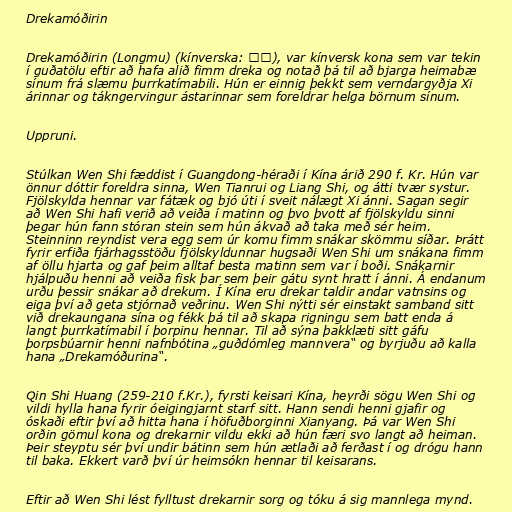
Drekamóðirin

Drekamóðirin (Longmu) (kínverska: 龍母), var kínversk kona sem var tekin
í guðatölu eftir að hafa alið fimm dreka og notað þá til að bjarga heimabæ
sínum frá slæmu þurrkatímabili. Hún er einnig þekkt sem verndargyðja Xi
árinnar og tákngervingur ástarinnar sem foreldrar helga börnum sínum.

Uppruni.

Stúlkan Wen Shi fæddist í Guangdong-héraði í Kína árið 290 f. Kr. Hún var
önnur dóttir foreldra sinna, Wen Tianrui og Liang Shi, og átti tvær systur.
Fjölskylda hennar var fátæk og bjó úti í sveit nálægt Xi ánni. Sagan segir
að Wen Shi hafi verið að veiða í matinn og þvo þvott af fjölskyldu sinni
þegar hún fann stóran stein sem hún ákvað að taka með sér heim.
Steinninn reyndist vera egg sem úr komu fimm snákar skömmu síðar. Þrátt
fyrir erfiða fjárhagsstöðu fjölskyldunnar hugsaði Wen Shi um snákana fimm
af öllu hjarta og gaf þeim alltaf besta matinn sem var í boði. Snákarnir
hjálpuðu henni að veiða fisk þar sem þeir gátu synt hratt í ánni. Á endanum
urðu þessir snákar að drekum. Í Kína eru drekar taldir andar vatnsins og
eiga því að geta stjórnað veðrinu. Wen Shi nýtti sér einstakt samband sitt
við drekaungana sína og fékk þá til að skapa rigningu sem batt enda á
langt þurrkatímabil í þorpinu hennar. Til að sýna þakklæti sitt gáfu
þorpsbúarnir henni nafnbótina „guðdómleg mannvera“ og byrjuðu að kalla
hana „Drekamóðurina“.

Qin Shi Huang (259-210 f.Kr.), fyrsti keisari Kína, heyrði sögu Wen Shi og
vildi hylla hana fyrir óeigingjarnt starf sitt. Hann sendi henni gjafir og
óskaði eftir því að hitta hana í höfuðborginni Xianyang. Þá var Wen Shi
orðin gömul kona og drekarnir vildu ekki að hún færi svo langt að heiman.
Þeir steyptu sér því undir bátinn sem hún ætlaði að ferðast í og drógu hann
til baka. Ekkert varð því úr heimsókn hennar til keisarans.

Eftir að Wen Shi lést fylltust drekarnir sorg og tóku á sig mannlega mynd.